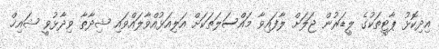
އިދިކޮޅު ޕާޓީތަކުގެ ލީޑަރުން ޖަލަށް ލާފައިވާ މައްސަލަތަކަށް އަލިއަޅުއްވާލައްވައި ޝިދާތާ ވިދާޅުވީ ޝައިޚް